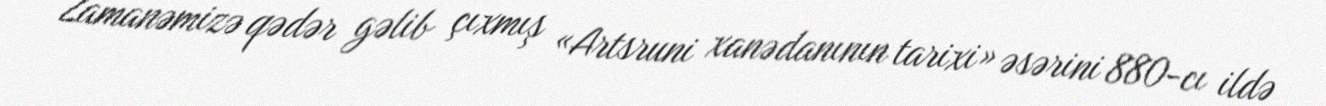
Zamanəmizə qədər gəlib çıxmış «Artsruni xanədanının tarixi» əsərini 880-cı ildə